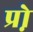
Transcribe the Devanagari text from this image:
प्रो़